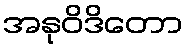
အနုဝိဒိတော